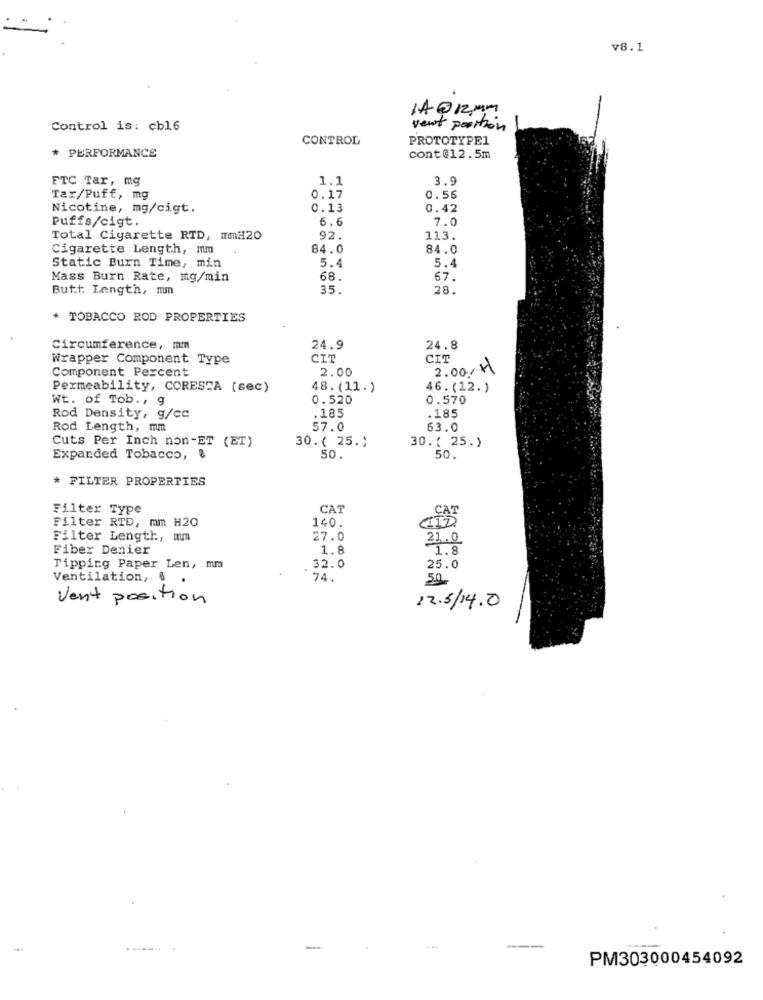
v8.1
14 @ 12 MM
Control is: cb16
vent position
CONTROL
PROTOTYPE1
* PERFORMANCE
cont@12.5m
FTC Tar, mg
1.1
3.9
Tar/Puff, mg
0.17
0.56
Nicotine, mg/cigt.
0.13
0.42
Puffs/cigt.
6.6
7.0
Total Cigarette RTD, mmH20
92.
113.
Cigarette Length, mm
84.0
84.0
Static Burn Time, min
5.4
5.4
Mass Burn Rate, mg/min
68.
67.
Butt: Length, mm
35.
28.
* TOBACCO ROD PROPERTIES
Circumference, mm
24.9
24.8
Wrapper Component Type
CIT
CIT
Component Percent
2.00
2.00/11
Permeability, CORESTA (sec)
48. (11. )
46. (12. )
Wt. of Tob ., g
0.520
0.570
.185
Rod Density, g/cc
.185
Rod Length, mm
57.0
53.0
Cuts Per Inch non-ET (ET)
30.( 25.)
30.( 25.)
Expanded Tobacco,
50.
50.
* FILTER PROPERTIES
Filter Type
CAT
CAT
Filter RTD, mm H20
140.
Filter Length, mm
27.0
21.0
Fiber Denier
1.8
1.8
Tipping Paper Len, mm
32.0
25.0
Ventilation, $ .
74.
50
Vent position
22.5/14.0
-
--
PM303000454092